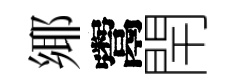
鄊鬻閈